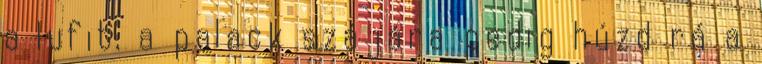
a lufit, a palack szájára pedig húzd rá a